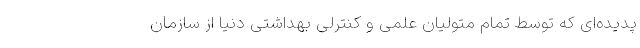
پدیده‌ای که توسط تمام متولیان علمی و کنترلی بهداشتی دنیا از سازمان